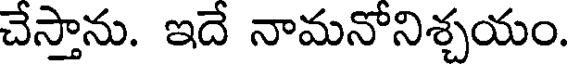
చేస్తాను. ఇదే నామనోనిశ్చయం.